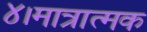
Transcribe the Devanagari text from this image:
४।मात्रात्मक